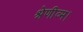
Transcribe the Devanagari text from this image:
श्रेणीव्म।